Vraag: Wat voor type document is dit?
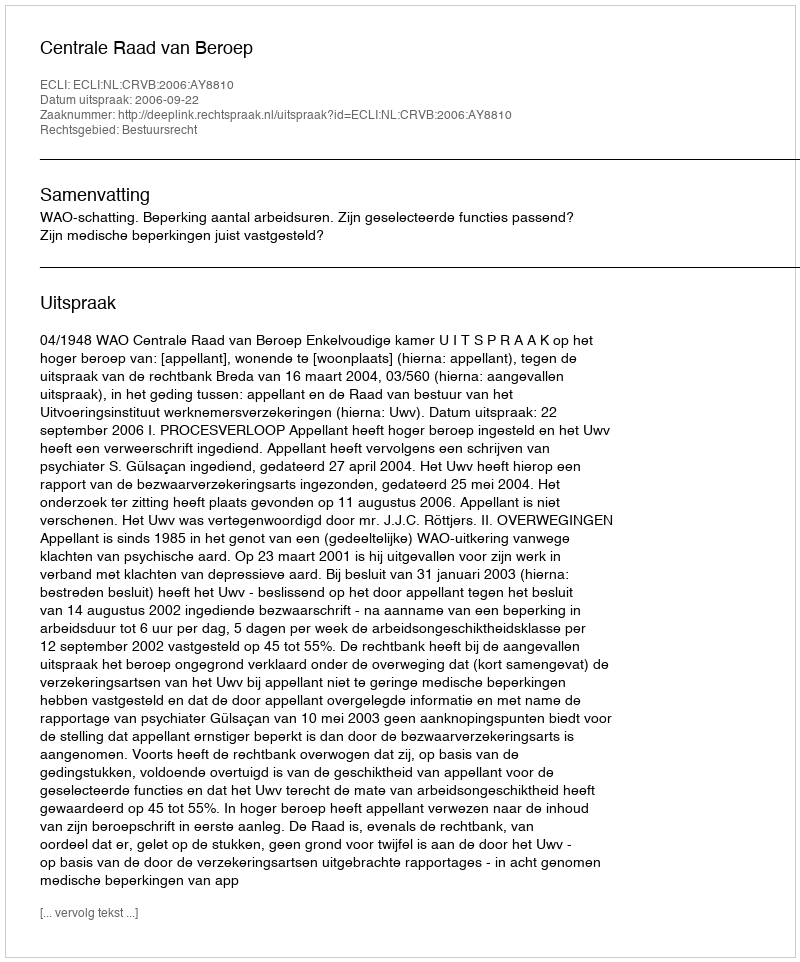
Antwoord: Uitspraak